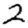
Digit: 2